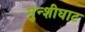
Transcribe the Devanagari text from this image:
मुन्शीघाट